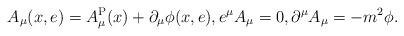
LaTeX: \begin{align*}A_{\mu}(x,e) =A_{\mu}^{\rm P}(x)+\partial_{\mu}\phi(x,e),e^{\mu}A_{\mu} =0, \partial^{\mu}A_{\mu}=-m^{2}\phi.\end{align*}